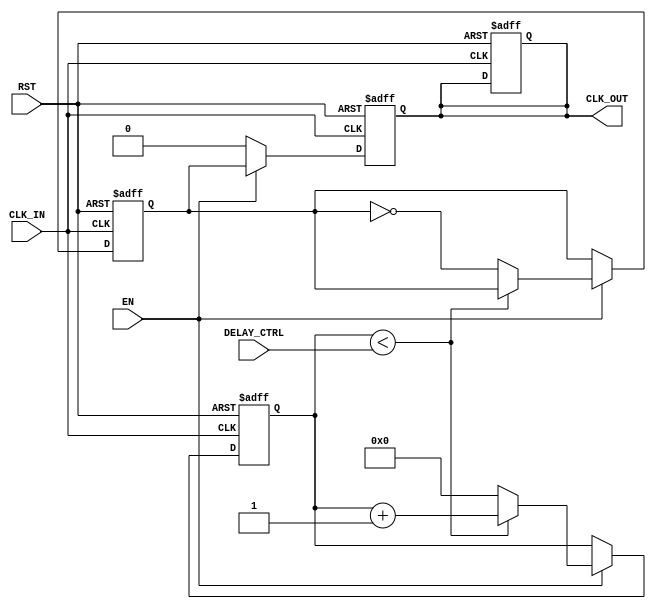
module DelayClockBuffer (
    input wire CLK_IN,     // Input Clock Signal
    input wire EN,        // Enable Signal
    input wire RST,       // Asynchronous Reset Signal
    input wire [7:0] DELAY_CTRL, // Delay Control Parameter (adjustable)
    output reg CLK_OUT     // Output Clock Signal
);

    // Internal signal to hold delayed clock
    reg [7:0] delay_counter;
    reg CLK_DELAY;

    // Asynchronous Reset and Enable
    always @(posedge CLK_IN or posedge RST) begin
        if (RST) begin
            CLK_OUT <= 1'b0;        // Reset output clock to known state
            delay_counter <= 8'd0;  // Reset counter
            CLK_DELAY <= 1'b0;       // Reset delayed clock state
        end else if (EN) begin
            // Implement delay counter logic
            if (delay_counter < DELAY_CTRL) begin
                delay_counter <= delay_counter + 1'b1; // Increment delay counter
            end else begin
                CLK_DELAY <= ~CLK_DELAY;  // Toggle delayed clock after reaching the delay count
                delay_counter <= 8'd0;     // Reset delay counter
            end
        end
    end

    // Assign delayed clock to output based on enable
    always @(posedge CLK_IN or posedge RST) begin
        if (RST) begin
            CLK_OUT <= 1'b0; // Reset output clock to known state
        end else if (EN) begin
            CLK_OUT <= CLK_DELAY; // Output the delayed clock when enabled
        end else begin
            CLK_OUT <= 1'b0; // If not enabled, output should be low
        end
    end

endmodule